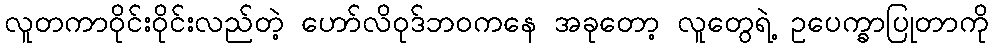
လူတကာဝိုင်းဝိုင်းလည်တဲ့ ဟော်လိဝုဒ်ဘဝကနေ အခုတော့ လူတွေရဲ့ ဥပေက္ခာပြုတာကို